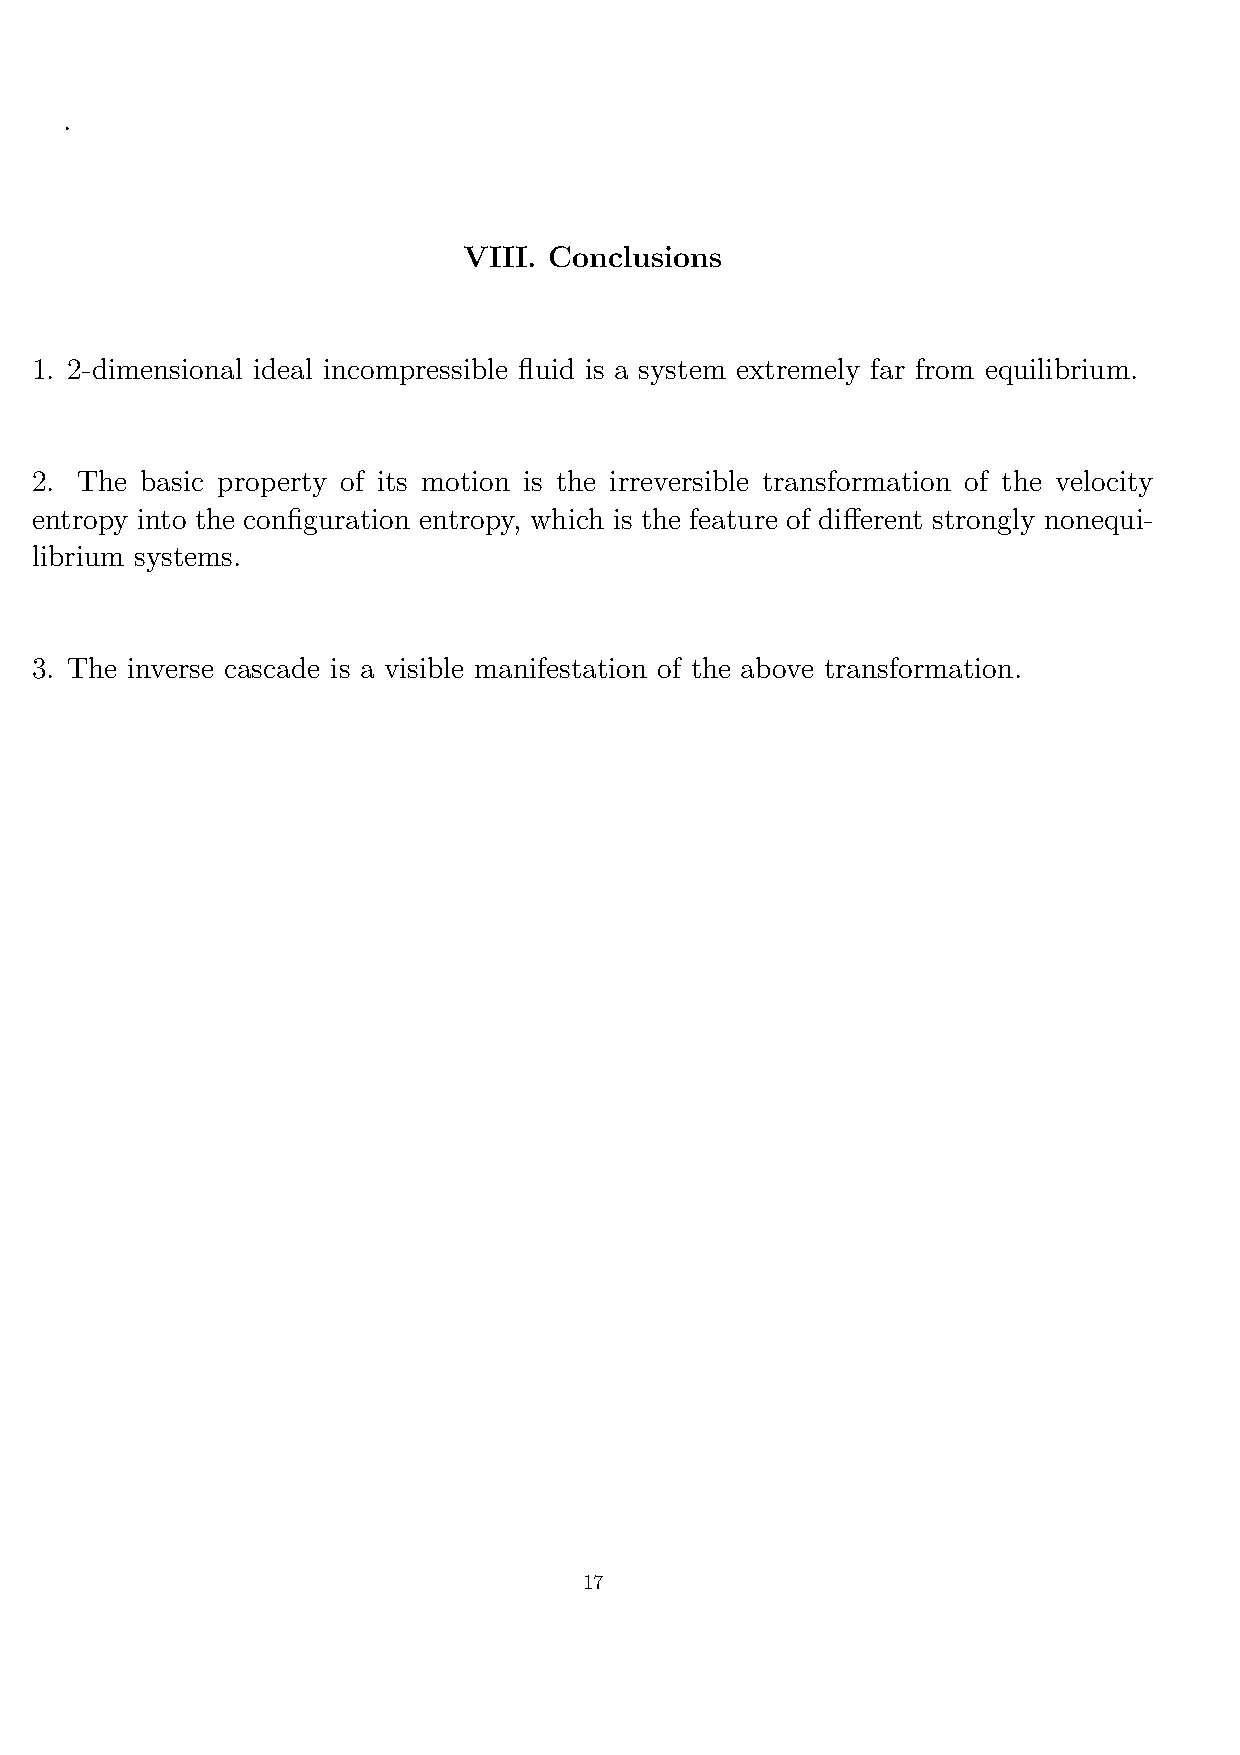
.
 VIII. Conclusions
 1. 2-dimensional ideal incompressible fluid is a system extremely far from equilibrium.
 2. The basic property of its motion is the irreversible transformation of the velocity
 entropy into the configuration entropy, which is the feature of different strongly nonequi-
 librium systems.
 3. The inverse cascade is a visible manifestation of the above transformation.
 17